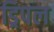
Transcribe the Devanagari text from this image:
ड्रिपल